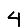
Digit: 4